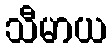
သီမာယ